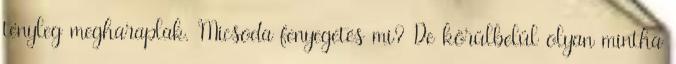
tényleg megharaplak. Micsoda fenyegetés mi? De körülbelül olyan mintha